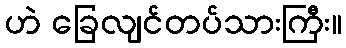
ဟဲ ခြေလျင်တပ်သားကြီး။